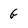
Character: G